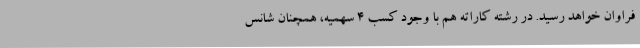
فراوان خواهد رسید. در رشته کاراته هم با وجود کسب 4 سهمیه، همچنان شانس